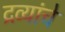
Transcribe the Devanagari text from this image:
द्रव्यांचे